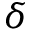
\delta